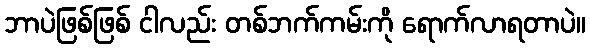
ဘာပဲဖြစ်ဖြစ် ငါလည်း တစ်ဘက်ကမ်းကို ရောက်လာရတာပဲ။